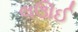
લઊઈ